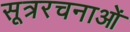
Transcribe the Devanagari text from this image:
सूत्ररचनाओं